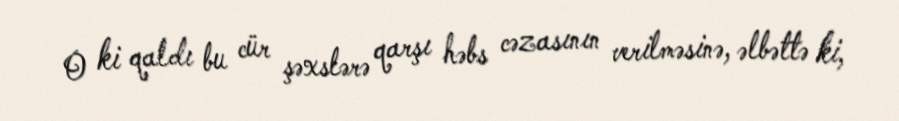
O ki qaldı bu cür şəxslərə qarşı həbs cəzasının verilməsinə, əlbəttə ki,